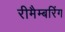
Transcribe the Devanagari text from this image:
रीमैम्बरिंग